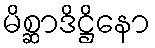
မိစ္ဆာဒိဋ္ဌိနော